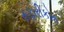
સફારીકોમ